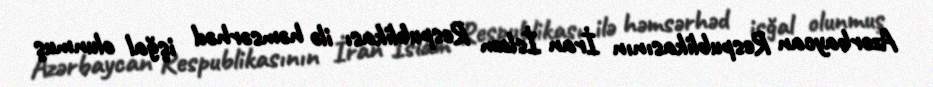
Azərbaycan Respublikasının İran İslam Respublikası ilə həmsərhəd işğal olunmuş